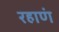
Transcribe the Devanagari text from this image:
रहाणं